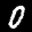
Label: 0